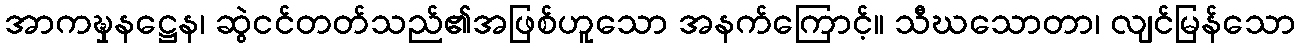
အာကဍ္ဎှနဋ္ဌေန၊ ဆွဲငင်တတ်သည်၏အဖြစ်ဟူသော အနက်ကြောင့်။ သီဃသောတာ၊ လျင်မြန်သော